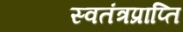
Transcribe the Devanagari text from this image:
स्वतंत्रप्राप्ति